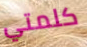
كلمتي